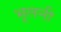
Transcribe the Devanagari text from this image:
भूलनी